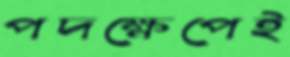
পদক্ষেপেই